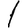
Digit: 1